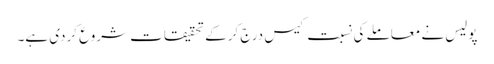
پولیس نے معاملے کی نسبت کیس درج کرکے تحقیقات شروع کردی ہے۔